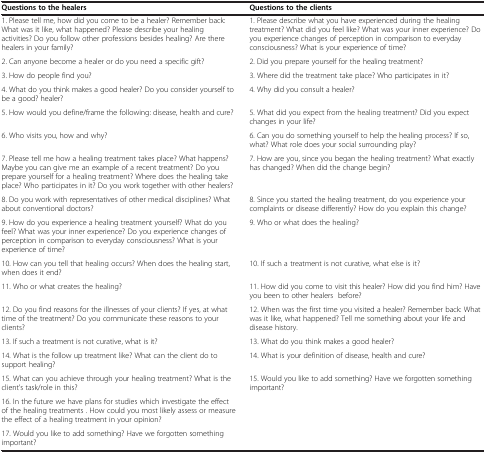
| Questions to the healers | Questions to the clients |
 | --- | --- |
 | 1. Please tell me, how did you come to be a healer? Remember back: What was it like, what happened? Please describe your healing activities? Do you follow other professions besides healing? Are there healers in your family? | 1. Please describe what you have experienced during the healing treatment? What did you feel like? What was your inner experience? Do you experience changes of perception in comparison to everyday consciousness? What is your experience of time? |
 | 2. Can anyone become a healer or do you need a specific gift? | 2. Did you prepare yourself for the healing treatment? |
 | 3. How do people find you? | 3. Where did the treatment take place? Who participates in it? |
 | 4. What do you think makes a good healer? Do you consider yourself to be a good? healer? | 4. Why did you consult a healer? |
 | 5. How would you define/frame the following: disease, health and cure? | 5. What did you expect from the healing treatment? Did you expect changes in your life? |
 | 6. Who visits you, how and why? | 6. Can you do something yourself to help the healing process? If so, what? What role does your social surrounding play? |
 | 7. Please tell me how a healing treatment takes place? What happens? Maybe you can give me an example of a recent treatment? Do you prepare yourself for a healing treatment? Where does the healing take place? Who participates in it? Do you work together with other healers? | 7. How are you, since you began the healing treatment? What exactly has changed? When did the change begin? |
 | 8. Do you work with representatives of other medical disciplines? What about conventional doctors? | 8. Since you started the healing treatment, do you experience your complaints or disease differently? How do you explain this change? |
 | 9. How do you experience a healing treatment yourself? What do you feel? What was your inner experience? Do you experience changes of perception in comparison to everyday consciousness? What is your experience of time? | 9. Who or what does the healing? |
 | 10. How can you tell that healing occurs? When does the healing start, when does it end? | 10. If such a treatment is not curative, what else is it? |
 | 11. Who or what creates the healing? | 11. How did you come to visit this healer? How did you find him? Have you been to other healers before? |
 | 12. Do you find reasons for the illnesses of your clients? If yes, at what time of the treatment? Do you communicate these reasons to your clients? | 12. When was the first time you visited a healer? Remember back: What was it like, what happened? Tell me something about your life and disease history. |
 | 13. If such a treatment is not curative, what is it? | 13. What do you think makes a good healer? |
 | 14. What is the follow up treatment like? What can the client do to support healing? | 14. What is your definition of disease, health and cure? |
 | 15. What can you achieve through your healing treatment? What is the client’s task/role in this? | 15. Would you like to add something? Have we forgotten something important? |
 | 16. In the future we have plans for studies which investigate the effect of the healing treatments . How could you most likely assess or measure the effect of a healing treatment in your opinion? |  |
 | 17. Would you like to add something? Have we forgotten something important? |  |